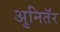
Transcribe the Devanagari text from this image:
अुनितॅर